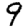
Digit: 9